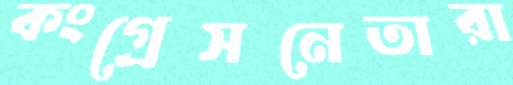
কংগ্রেসনেতারা